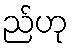
ည်ဟု